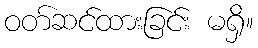
ဝတ်ဆင်ထားခြင်း မရှိ။